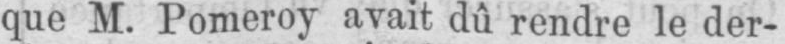
que M. Pomeroy avait dû rendre le der-